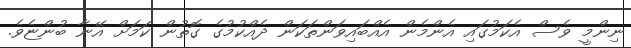
ނިންމީ ވެސް އެކަމުގައި އެންމެން އެއްބައިވަންތަކަން ދެއްކުމުގެ ގޮތުން ކަމަށް އޭނާ ބުންޏެވެ.